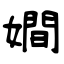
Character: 𡢃